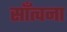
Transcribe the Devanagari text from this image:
साँत्वना